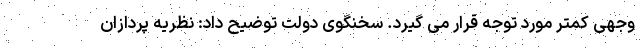
وجهی کمتر مورد توجه قرار می گیرد. سخنگوی دولت توضیح داد: نظریه پردازان